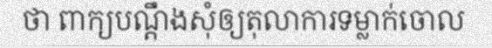
ថា ពាក្យបណ្តឹងសុំឲ្យតុលាការទម្លាក់ចោល